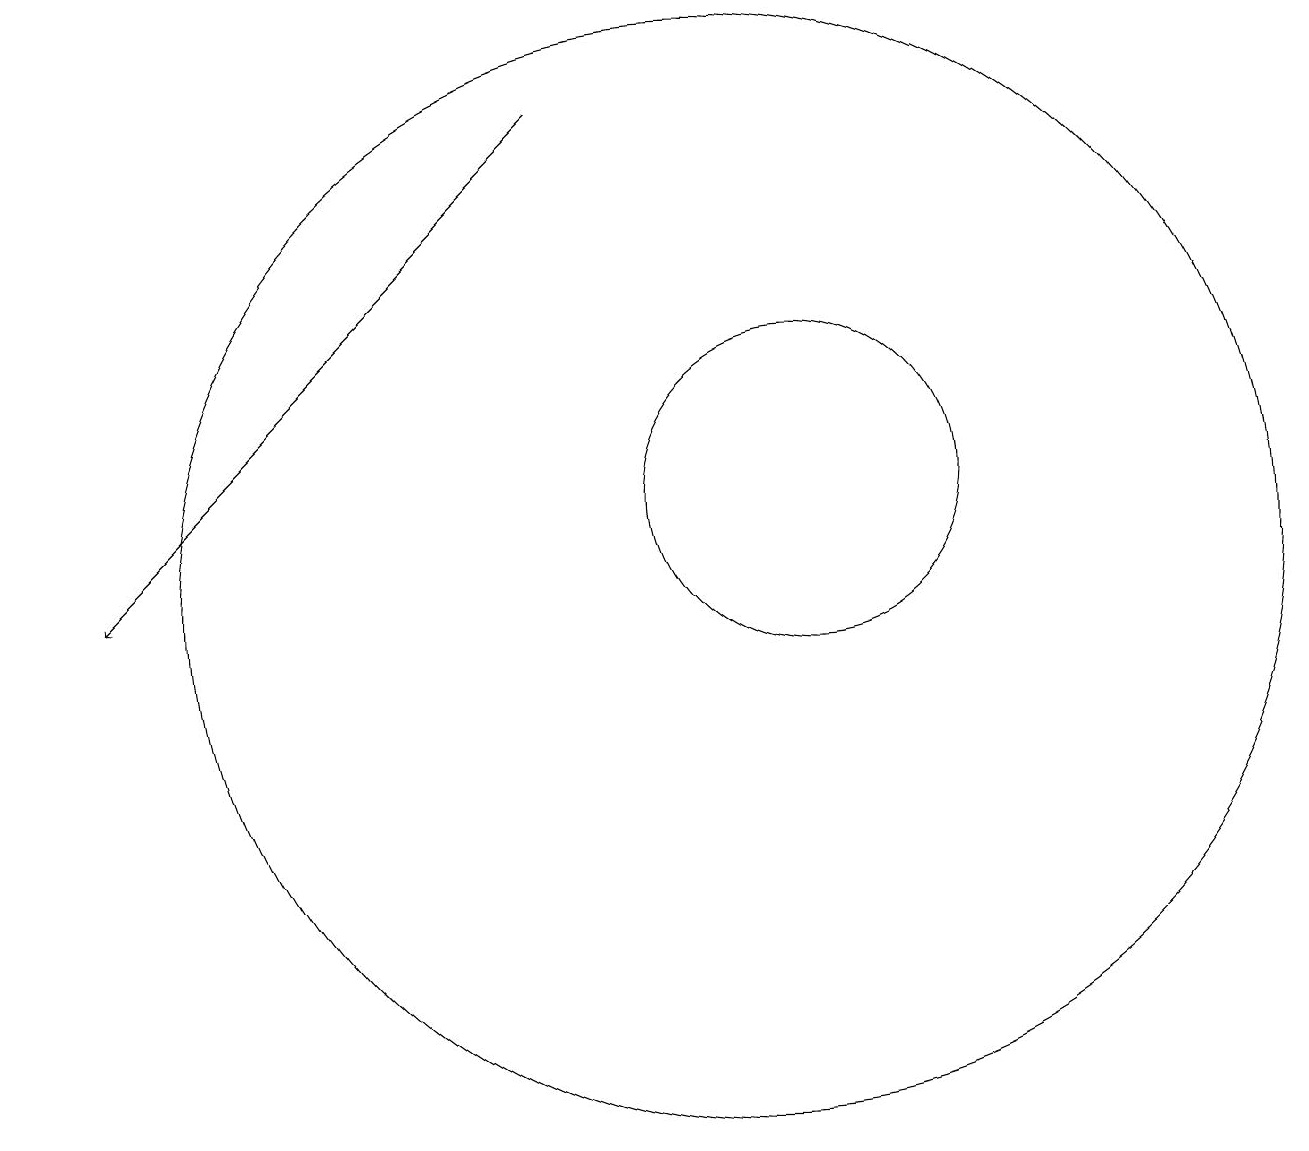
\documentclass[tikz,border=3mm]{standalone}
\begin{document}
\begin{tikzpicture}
\draw[->] (9,17) -- (3,11);
\draw (11,11) circle (7);
\draw[->] (2,18) -- (2,17);
\draw (12,12) circle (2);
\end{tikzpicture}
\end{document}